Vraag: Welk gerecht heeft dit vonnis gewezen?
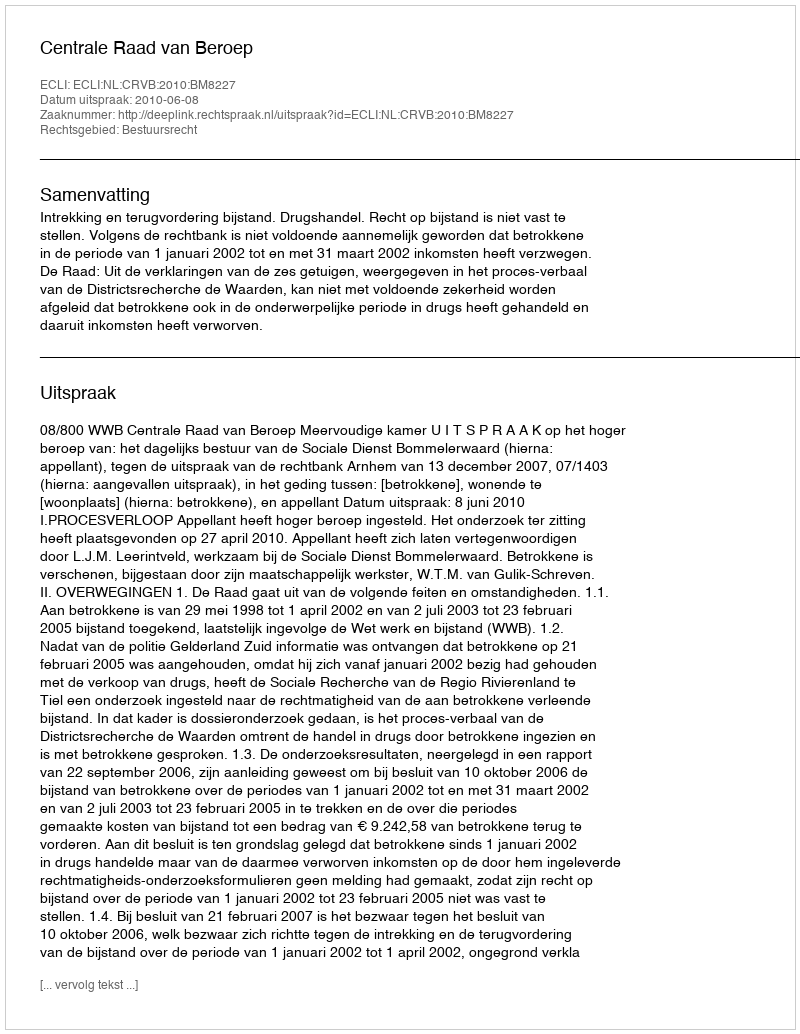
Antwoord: Centrale Raad van Beroep